Document type: Dowry acquittance
Year: 1240
Scribe: Pere de Bages
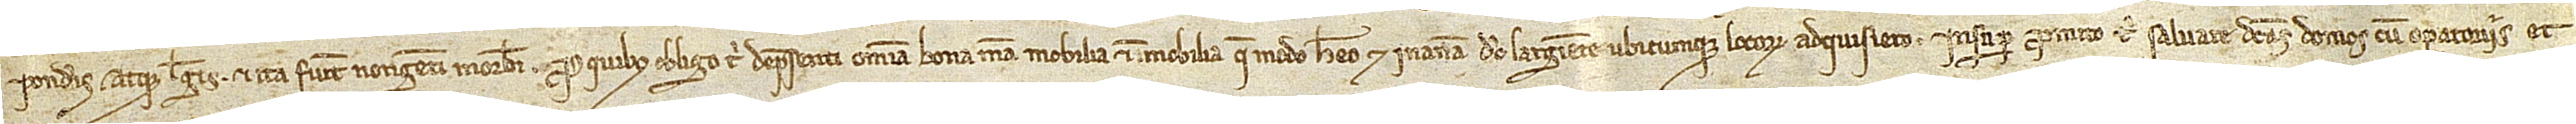
ponderis atque legis. Et ita fuit nongenti morabatini, pro quibus obligo tibi depresenti omnia bona mea, mobilia et immobilia, que modo habeo et in antea, Deo largiente, ubicumque locorum adquisiero. Insuper promito tibi salvare dictas domos cum operatoriis et